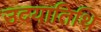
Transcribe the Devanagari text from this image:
उदयातिथि